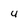
Character: 4